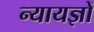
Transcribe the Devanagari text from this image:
न्यायज्ञों